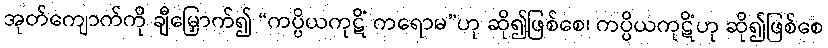
အုတ်ကျောက်ကို ချီမြှောက်၍ “ကပ္ပိယကုဋိံ ကရောမ”ဟု ဆို၍ဖြစ်စေ၊ ကပ္ပိယကုဋိံဟု ဆို၍ဖြစ်စေ